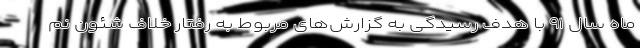
ماه سال ۹۱ با هدف رسیدگی به گزارش‌های مربوط به رفتار خلاف شئون نم